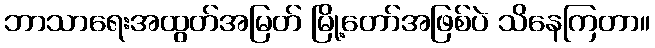
ဘာသာရေးအထွတ်အမြတ် မြို့တော်အဖြစ်ပဲ သိနေကြတာ။